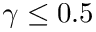
\gamma \leq 0 . 5